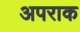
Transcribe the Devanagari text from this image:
अपराक